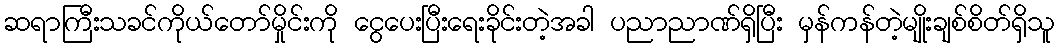
ဆရာကြီးသခင်ကိုယ်တော်မှိုင်းကို ငွေပေးပြီးရေးခိုင်းတဲ့အခါ ပညာညာဏ်ရှိပြီး မှန်ကန်တဲ့မျိုးချစ်စိတ်ရှိသူ